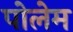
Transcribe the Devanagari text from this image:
पोलेम